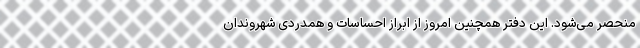
منحصر می‌شود. این دفتر همچنین امروز از ابراز احساسات و همدردی شهروندان